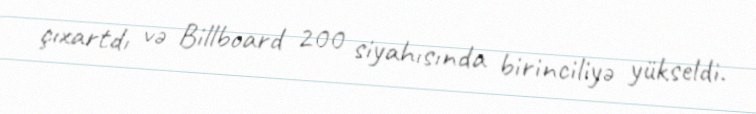
çıxartdı və Billboard 200 siyahısında birinciliyə yükseldi.